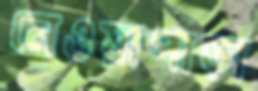
নেওয়াপাড়া